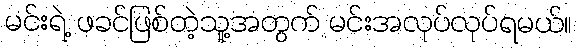
မင်းရဲ့ ဖခင်ဖြစ်တဲ့သူ့အတွက် မင်းအလုပ်လုပ်ရမယ်။